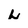
Character: L